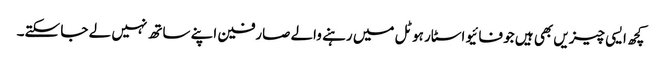
کچھ ایسی چیزیں بھی ہیں جو فائیو اسٹار ہوٹل میں رہنے والے صارفین اپنے ساتھ نہیں لے جا سکتے۔